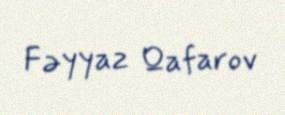
Fəyyaz Qafarov